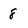
Character: 8